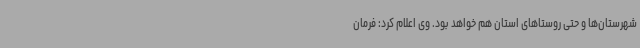
شهرستان‌ها و حتی روستاهای استان هم خواهد بود. وی اعلام کرد: فرمان